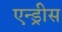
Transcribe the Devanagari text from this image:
एन्ड्रीस